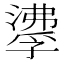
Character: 𰝌